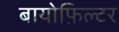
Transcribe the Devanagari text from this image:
बायोफ़िल्टर